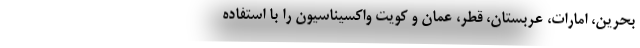
بحرین، امارات، عربستان، قطر، عمان و کویت واکسیناسیون را با استفاده